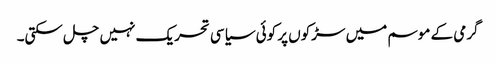
گرمی کے موسم میں سڑکوں پر کوئی سیاسی تحریک نہیں چل سکتی۔